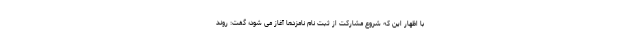
با اظهار این که شروع مشارکت از ثبت نام نامزدها آغاز می شود؛ گفت: روند